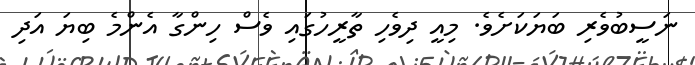
ނަސީބުވެރި ބަޔަކަށެވެ. މިއީ ދިވެހި ތާރީހުގައި ވެސް ހިންގާ އެންމެ ބިޔަ އަދި